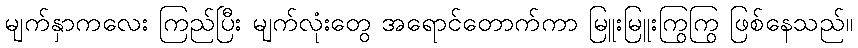
မျက်နှာကလေး ကြည်ပြီး မျက်လုံးတွေ အရောင်တောက်ကာ မြူးမြူးကြွကြွ ဖြစ်နေသည်။